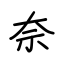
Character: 奈